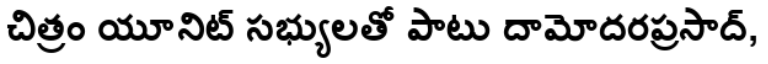
చిత్రం యూనిట్ సభ్యులతో పాటు దామోదరప్రసాద్,